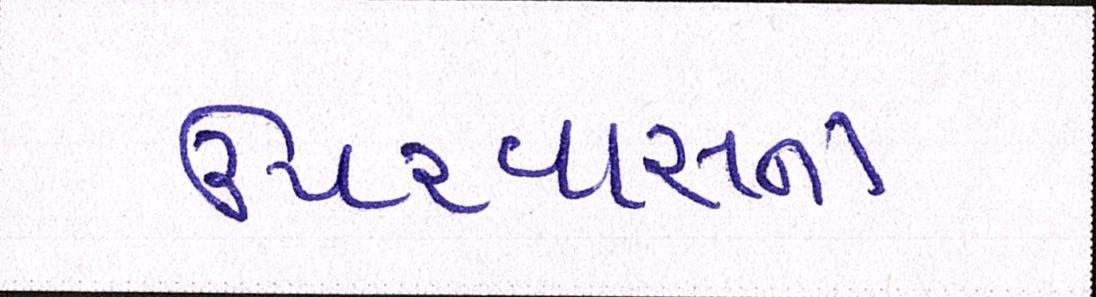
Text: ઉપરવાસના